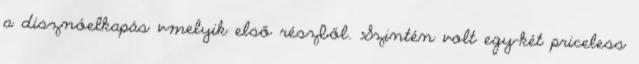
a disznóelkapás vmelyik első részből. Szintén volt egy-két priceless